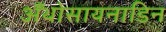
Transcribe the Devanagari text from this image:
अँथोसायनाडिन